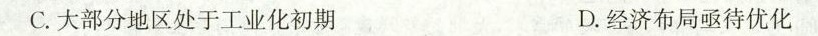
C.大部分地区处于工业化初期 D.经济布局亟待优化